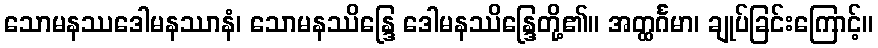
သောမနဿဒေါမနဿာနံ၊ သောမနဿိန္ဒြေ ဒေါမနဿိန္ဒြေတို့၏။ အတ္ထင်္ဂမာ၊ ချုပ်ခြင်းကြောင့်။